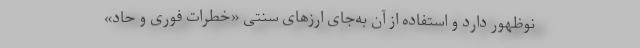
نوظهور دارد و استفاده از آن به‌جای ارزهای سنتی «خطرات فوری و حاد»